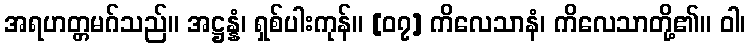
အရဟတ္တမဂ်သည်။ အဋ္ဌန္နံ၊ ရှစ်ပါးကုန်။ [၀၇] ကိလေသာနံ၊ ကိလေသာတို့၏။ ဝါ၊